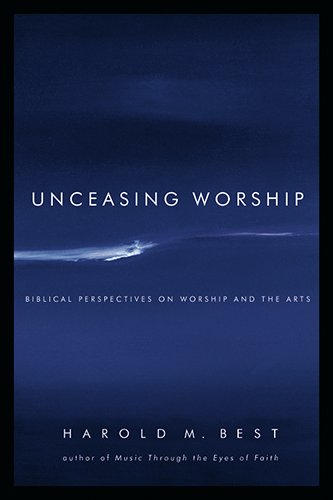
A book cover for Unceasing Worship: Biblical Perspectives on Worship and the Arts; Harold M. Best; Christian Books & Bibles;